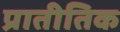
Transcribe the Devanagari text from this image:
प्रातीतिक